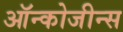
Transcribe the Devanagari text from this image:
ऑन्कोजीन्स